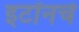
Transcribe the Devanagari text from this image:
इटॉनचे